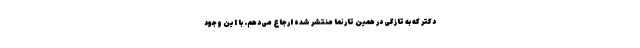
دکتر که به تازگی در همین تارنما منتشر شده ارجاع می‌دهم. با این وجود